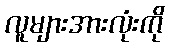
လူများအားလုံးကို